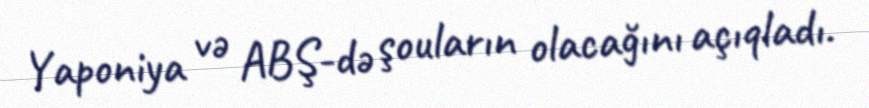
Yaponiya və ABŞ-də şouların olacağını açıqladı.